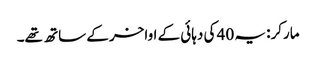
مارکر: یہ 40 کی دہائی کے اواخر کے ساتھ تھے۔